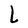
Character: L